Vaike-Kullamaa_(Vaikna)_vallavalitsus, lk 15
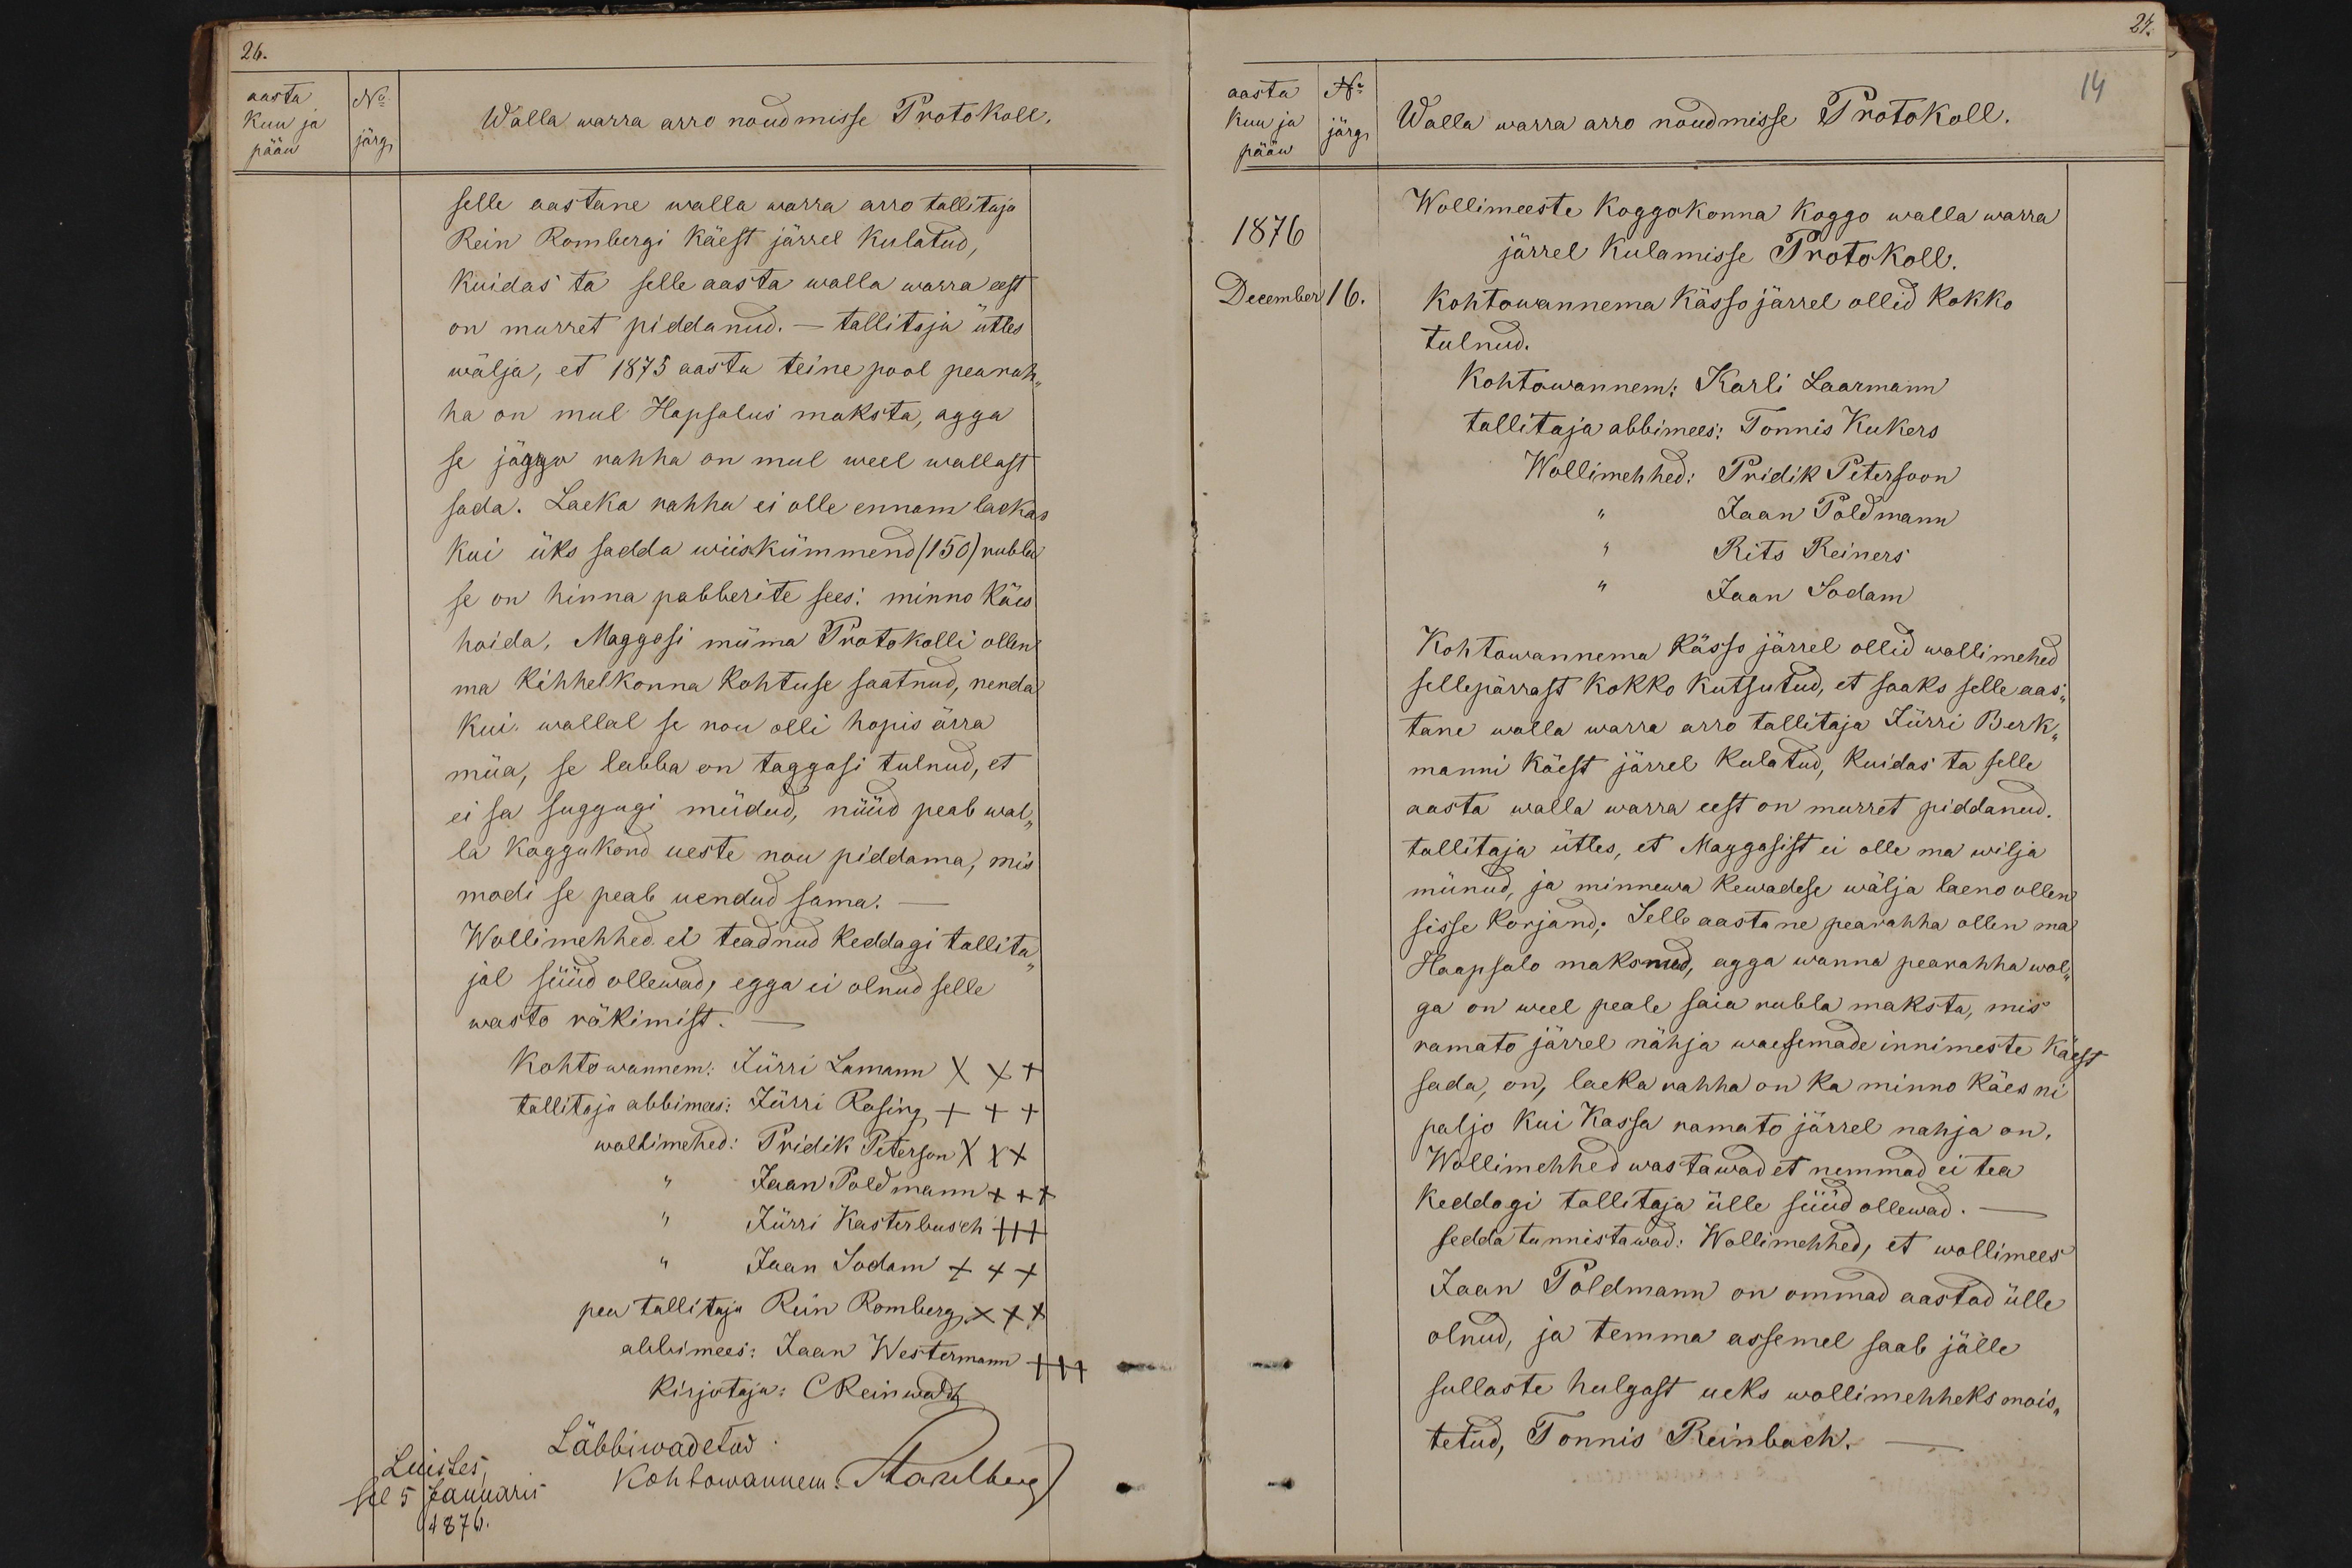
26.
aasta.
No
kuu ja
Walla warra arro nõudmisse Protokoll.
pääw
järgi
selle aastane walla warra arro tallitaja
Rein Rombergi käest järrel kulatud,
Kuidas ta selle aasta walla warra eest
on murret piddanud. - tallitaja ütles
wälja, et 1875 aasta teine pool pearah-
ha on mul Hapsalus maksta, agga
se jäggo rahha on mul weel wallast
sada. Laeka rahha ei olle ennam laekas
kui üks sadda wiiskümmend (150) rubla
se on hinna pabberite sees: minno käis
hoida. Maggosi müma Protokolli ollen
ma kihhelkonna Kohtuse saatnud, nenda
kui wallal se nou olli hopis ärra
müa, se lubba on taggasi tulnud, et
ei sa suggugi müdud, nüüd peab wal-
la koggukond ueste nou piddama, mis
modi se peab uendud sama.
Wollimehhed ei teadnud keddagi tallita-
jal süüd ollewad, egga ei olnud selle
wasto räkimist.
Kohto wannem. Jürri Lamann XXX
tallitaja abbimees: Jürri Rosing +++
wallimehed: Pridik Peterson XXX
Jaan Poldmann XXX
Jürri Kasterbusch +++
Jaan Sodam XXX
pea tallitaja Rein Romberg XXX
abbimees: Jaan Westermann +++
Kirjutaja: CReinwaldad
Luistes
Läbbiwadetud
see 5 Januari
kohtowannem: Staulberg
1876.

No
aasta
14
kuu ja
Walla warra arro nõudmisse Protokoll.
järgi
pääw
Wollimeeste koggokonna koggo walla warra
1876
järrel kulamisse Protokoll.
December 16.
kohtowannema kässo järrel ollid kokko
tulnud.
Kohtowannem: Karli Laarmann
tallitaja abbimees: Tonnis Kukers
Wollimehhed: Pridik Peterson
Jaan Poldmann
Rits Reiners
Jaan Sodam
Kohtowannema kässo järrel ollid wollimehed
sellepärrast kokko kutsutud, et saaks selle aas-
tane walla warra arro tallitaja Jürri Berk-
manni käest järrel kulatud, kuidas ta selle
aasta walla warra eest on murret piddanud.
tallitaja ütles, et Maggasist ei olle ma wilja
münud, ja minnewa kewadese wälja laeno ollen
sisse korjand; Selle aastane pearahha ollen ma
Haapsalo maksnud, agga wanna pearahha wol-
ga on weel peale saia rubla maksta, mis
ramato järrel nähja waesemade innimeste käest
sada, on, laeka rahha on ka minno käes ni-
paljo kui Kassa ramato järrel nahja on,
Wollimehhed wastawad et nemmad ei tea
Keddagi tallitaja ülle süüd ollewad.
sedda tunnistawad: Wollimehhed, et wollimees
Jaan Poldmann on ommad aastad ülle
olnud, ja temma assemel saab jälle
sullaste hulgast ueks wollimehheks mois-
tetud, Tonnis Reinbach.